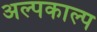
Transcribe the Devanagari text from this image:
अल्पकाल्प